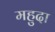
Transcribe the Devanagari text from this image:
महुदा